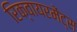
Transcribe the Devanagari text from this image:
रिक्वायरमेंट्स